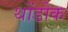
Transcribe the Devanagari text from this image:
थोंडोक